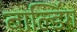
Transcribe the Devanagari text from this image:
बाल्डिंग